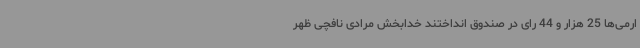
ارمی‌ها ‌25 هزار و 44 رای در صندوق انداختند خدابخش مرادی نافچی ظهر